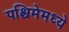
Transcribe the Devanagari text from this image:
पश्चिमेमध्ये